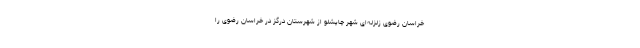
خراسان‌ رضوی زلزله‌ای شهر چاپشلو از شهرستان درگز در خراسان رضوی را